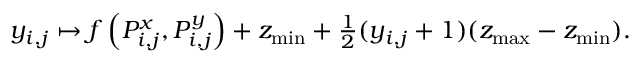
y _ { i , j } \mapsto f \left( P _ { i , j } ^ { x } , P _ { i , j } ^ { y } \right) + z _ { \operatorname* { m i n } } + \textstyle \frac { 1 } { 2 } ( y _ { i , j } + 1 ) ( z _ { \operatorname* { m a x } } - z _ { \operatorname* { m i n } } ) .